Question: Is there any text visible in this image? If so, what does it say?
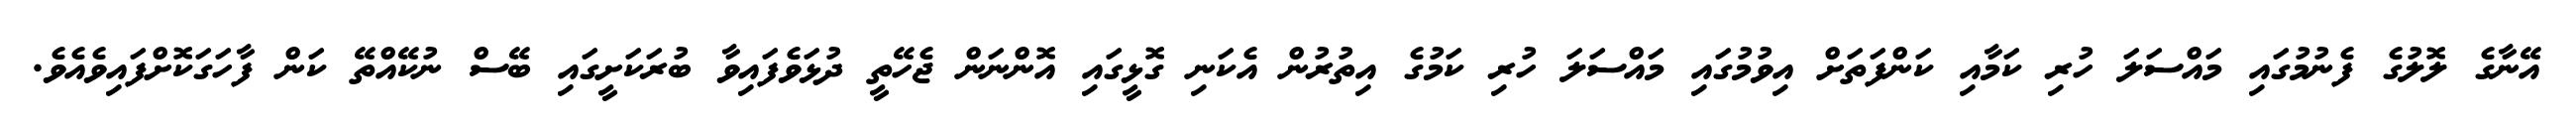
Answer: އޭނާގެ ލޮލުގެ ފެނުމުގައި މައްސަލަ ހުރި ކަމާއި ކަންފަތަށް އިވުމުގައި މައްސަލަ ހުރި ކަމުގެ އިތުރުން އެކަނި ގޮޅީގައި އޮންނަން ޖެހޭތީ ދުޅަވެފައިވާ ބުރަކަށީގައި ބޭސް ނުކޭއްތޭ ކަން ފާހަގަކޮށްފައިވެއެވެ.